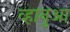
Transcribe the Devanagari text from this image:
व्हानुआ